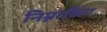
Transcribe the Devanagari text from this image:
निम्नाकिंग